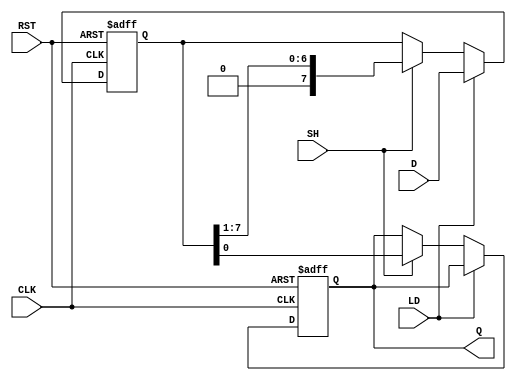
module PISO_Register #(
    parameter n = 8  // Parameter for the width of the register
)(
    input wire [n-1:0] D,   // Parallel input data bus
    input wire LD,          // Load control signal
    input wire SH,          // Shift control signal
    input wire CLK,         // Clock signal
    input wire RST,         // Asynchronous reset signal
    output reg Q            // Serial output
);

    // Internal register to hold n bits of data
    reg [n-1:0] shift_reg;

    // Sequential logic for loading and shifting
    always @(posedge CLK or posedge RST) begin
        if (RST) begin
            // Asynchronous reset
            shift_reg <= {n{1'b0}}; // Clear the register
            Q <= 1'b0; // Clear the serial output
        end else begin
            if (LD) begin
                // Load data into the register
                shift_reg <= D;
            end else if (SH) begin
                // Shift operation
                Q <= shift_reg[0]; // Output the LSB
                shift_reg <= {1'b0, shift_reg[n-1:1]}; // Shift right
            end
        end
    end

endmodule